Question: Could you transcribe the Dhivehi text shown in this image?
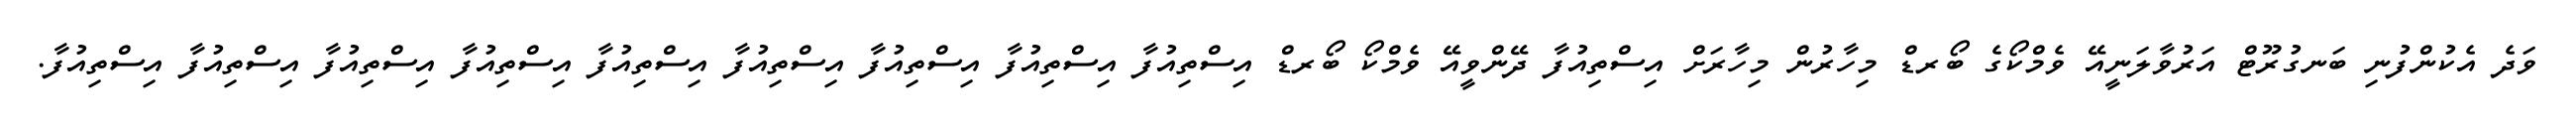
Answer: ވަދެ އެކުންފުނި ބަނގުރޫޓް އަރުވާލަނީއޭ ވެމްކޯގެ ބޯރޑް މިހާރުން މިހާރަށް އިސްތިއުފާ ދޭންވީއޭ ވެމްކޯ ބޯރޑް އިސްތިއުފާ އިސްތިއުފާ އިސްތިއުފާ އިސްތިއުފާ އިސްތިއުފާ އިސްތިއުފާ އިސްތިއުފާ އިސްތިއުފާ އިސްތިއުފާ.